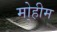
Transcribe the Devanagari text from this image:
मो्हीम